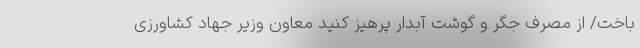
باخت/ از مصرف جگر و گوشت آبدار پرهیز کنید معاون وزیر جهاد کشاورزی